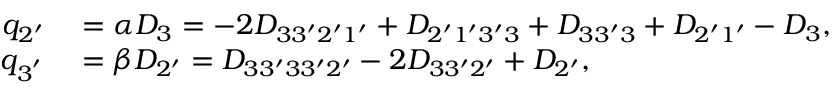
\begin{array} { r l } { q _ { 2 ^ { \prime } } } & { { } = \alpha D _ { 3 } = - 2 { D _ { 3 3 ^ { \prime } 2 ^ { \prime } 1 ^ { \prime } } } + { D _ { 2 ^ { \prime } 1 ^ { \prime } 3 ^ { \prime } 3 } } + { D _ { 3 3 ^ { \prime } 3 } } + { D _ { 2 ^ { \prime } 1 ^ { \prime } } } - { D _ { 3 } } , } \\ { q _ { 3 ^ { ' } } } & { { } = \beta D _ { 2 ^ { \prime } } = { D _ { 3 3 ^ { \prime } 3 3 ^ { \prime } 2 ^ { \prime } } } - 2 { D _ { 3 3 ^ { \prime } 2 ^ { \prime } } } + { D _ { 2 ^ { \prime } } } , } \end{array}